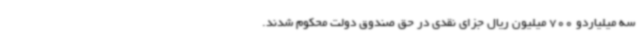
سه میلیاردو 700 میلیون ریال جزای نقدی در حق صندوق دولت محکوم شدند.